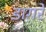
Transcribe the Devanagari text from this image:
डागरे